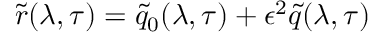
\tilde { r } ( \lambda , \tau ) = \tilde { q } _ { 0 } ( \lambda , \tau ) + \epsilon ^ { 2 } \tilde { q } ( \lambda , \tau )